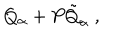
Q _ { \alpha } + P { \tilde { Q } } _ { \alpha } \ ,